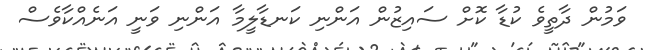
ވަމުން ދާތީވެ ކުޑާ ކޮށް ސައިޒުން އަންނި ކަނޑާލީމާ އަންނި ވަނީ އަނެއްކާވެސް